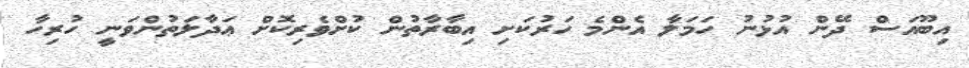
އިބޫއަސް ދޭން އުޅުނު ހަމަލާ އެންމެ ހަރުކަށި އިބާރާތުން ކުށްވެރިކޮށް ޢަދާލަތުންވަނީ ހުރިހާ